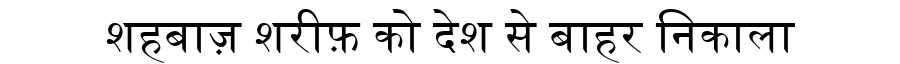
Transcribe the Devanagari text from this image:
शहबाज़ शरीफ़ को देश से बाहर निकाला